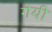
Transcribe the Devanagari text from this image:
गेयी